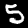
Digit: 5